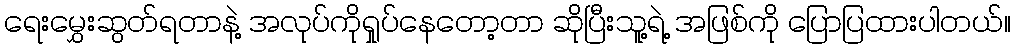
ရေးမွှေးဆွတ်ရတာနဲ့ အလုပ်ကိုရှုပ်နေတော့တာ ဆိုပြီးသူ့ရဲ့ အဖြစ်ကို ပြောပြထားပါတယ်။